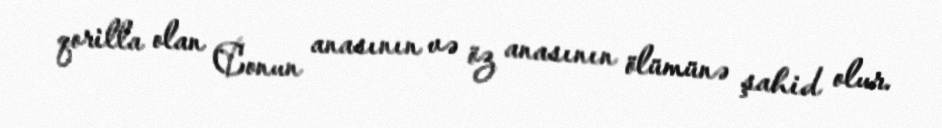
qorilla olan Conun anasının və öz anasının ölümünə şahid olur.